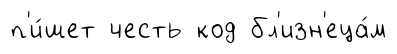
п'и́шет честь код бл'изн'еца́м